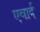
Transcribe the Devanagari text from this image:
एवार्द